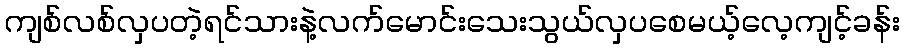
ကျစ်လစ်လှပတဲ့ရင်သားနဲ့လက်မောင်းသေးသွယ်လှပစေမယ့်လေ့ကျင့်ခန်း